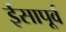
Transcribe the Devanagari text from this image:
र्इसापूर्व